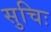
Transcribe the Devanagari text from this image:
सुचिः